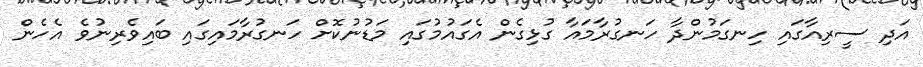
އަދި ސީރިއާގައި ހިނގަމުންދާ ހަނގުރާމައާ ގުޅިގެން އެގައުމުގައި މަޑުނުކޮށް ހަނގުރާމައިގައި ބައިވެރިނުވެ އެހެން